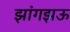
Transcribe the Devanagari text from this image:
झांगझऊ